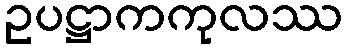
ဥပဋ္ဌာကကုလဿ